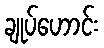
ချုပ်ဟောင်း